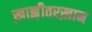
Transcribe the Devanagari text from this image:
ख़ाझ़ीतरख़ान